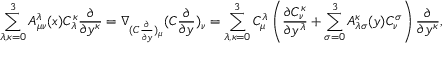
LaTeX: \sum _ { \lambda , \kappa = 0 } ^ { 3 } A _ { \mu \nu } ^ { \lambda } ( x ) C _ { \lambda } ^ { \kappa } \frac { \partial } { \partial y ^ { \kappa } } = \nabla _ { ( C \frac { \partial } { \partial y } ) _ { \mu } } ( C \frac { \partial } { \partial y } ) _ { \nu } = \sum _ { \lambda , \kappa = 0 } ^ { 3 } C _ { \mu } ^ { \lambda } \left( \frac { \partial C _ { \nu } ^ { \kappa } } { \partial y ^ { \lambda } } + \sum _ { \sigma = 0 } ^ { 3 } A _ { \lambda \sigma } ^ { \kappa } ( y ) C _ { \nu } ^ { \sigma } \right) \frac { \partial } { \partial y ^ { \kappa } } ,